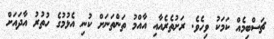
ޗަސްބިމެއް ކަމަކު ވިހެވެ. ރަށުތެރެއާއި އާއްމު ތަންތަނަށް ކުނި އެޅުމުގެ ހުތުރު އާދައަށް